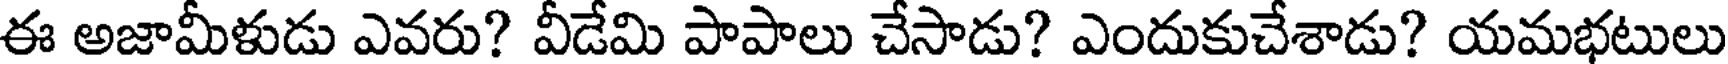
ఈ అజామీళుడు ఎవరు? వీడేమి పాపాలు చేసాడు? ఎందుకుచేశాడు? యమభటులు